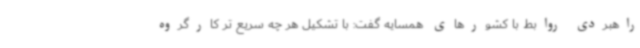
راهبردی روابط با کشورهای همسایه گفت: با تشکیل هر چه سریع تر کارگروه